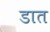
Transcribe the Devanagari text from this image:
डात